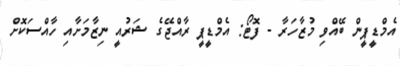
އެމްޑީޕީން ބޭއްވި މުޒާހަރާ - ފޮޓޯ: އެމްޑީޕީ ރާއްޖޭގެ ޝަރުއީ ނިޒާމަށާއި ހާއްސަކޮށް